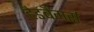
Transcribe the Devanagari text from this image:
हैडबैंगर्स